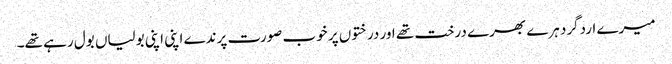
میرے اردگرد ہرے بھرے درخت تھے اور درختوں پر خوب صورت پرندے اپنی اپنی بولیاں بول رہے تھے۔